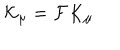
{ \cal K } _ { \mu } = { \cal F } K _ { \mu }